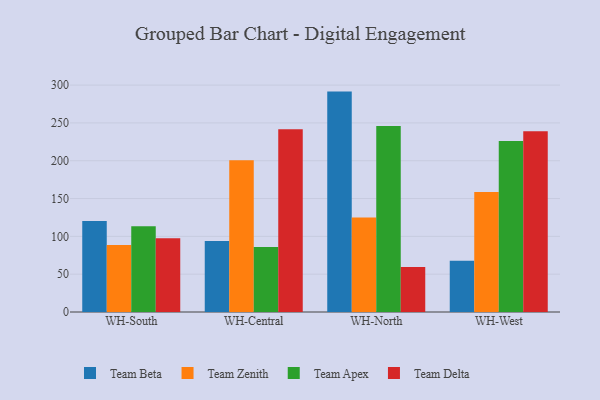
{"axis": {"x": "Warehouse", "y": "Energy Usage (MWh)"}, "legend": ["Team Apex", "Team Beta", "Team Delta", "Team Zenith"], "data": [{"x": "WH-South", "y": 120.3, "type": "Team Beta"}, {"x": "WH-South", "y": 88.7, "type": "Team Zenith"}, {"x": "WH-South", "y": 113.3, "type": "Team Apex"}, {"x": "WH-South", "y": 97.6, "type": "Team Delta"}, {"x": "WH-Central", "y": 94.0, "type": "Team Beta"}, {"x": "WH-Central", "y": 200.6, "type": "Team Zenith"}, {"x": "WH-Central", "y": 85.9, "type": "Team Apex"}, {"x": "WH-Central", "y": 241.5, "type": "Team Delta"}, {"x": "WH-North", "y": 291.4, "type": "Team Beta"}, {"x": "WH-North", "y": 125.1, "type": "Team Zenith"}, {"x": "WH-North", "y": 246.0, "type": "Team Apex"}, {"x": "WH-North", "y": 59.4, "type": "Team Delta"}, {"x": "WH-West", "y": 67.6, "type": "Team Beta"}, {"x": "WH-West", "y": 158.8, "type": "Team Zenith"}, {"x": "WH-West", "y": 226.0, "type": "Team Apex"}, {"x": "WH-West", "y": 238.9, "type": "Team Delta"}]}